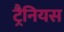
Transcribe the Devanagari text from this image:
ट्रैनियस